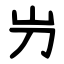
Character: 屶